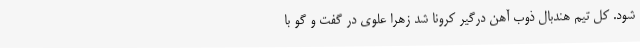
شود. کل تیم هندبال ذوب آهن درگیر کرونا شد زهرا علوی در گفت و گو با